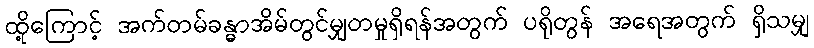
ထို့ကြောင့် အက်တမ်ခန္ဓာအိမ်တွင်မျှတမှုရှိရန်အတွက် ပရိုတွန် အရေအတွက် ရှိသမျှ